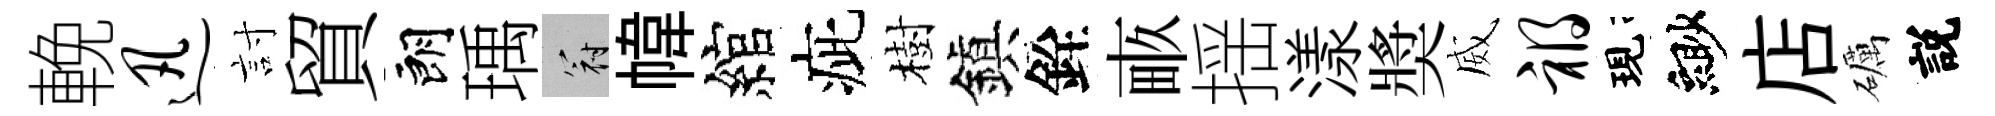
輓迅討貿朗瑀冠幃綰疵樹鎭銓畞揺漾奬威祸現緲店礪説